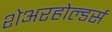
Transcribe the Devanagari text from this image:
शेअरहोल्डर्स